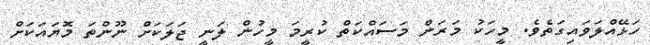
ހަޅޭއްލަވައިގަތެވެ. މީހަކު މަރަން މަސައްކަތް ކުރީމަ މީހުން ލަނީ ޖަލަކަށް ނޫންތަ މޮޔައަކަށް